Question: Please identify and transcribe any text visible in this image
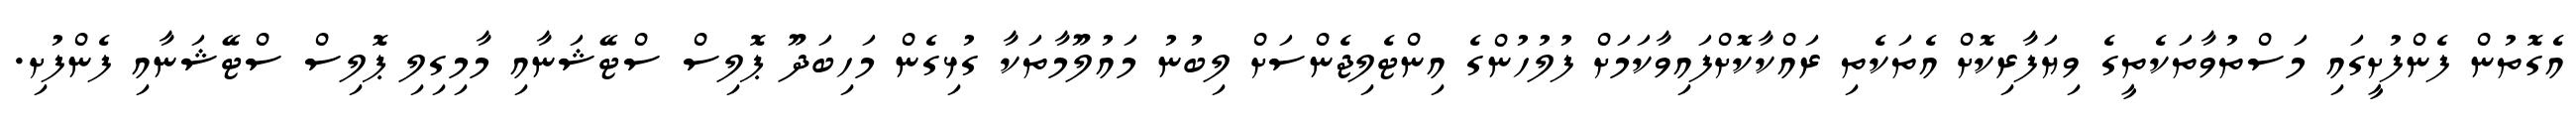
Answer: އެގޮތުން ފެންފުށީގައި މަސްތުވާތަކެތީގެ ވިޔަފާރިކޮށް އެތަކެތި ރައްކާކޮށްފައިވާކަމަށް ފުލުހުންގެ އިންޓެލިޖެންސަށް ލިބުނު މައުލޫމާތަކާ ގުޅިގެން މަހިބަދޫ ޕޮލިސް ސްޓޭޝަނާއި މާމިގިލި ޕޮލިސް ސްޓޭޝަނާއި ފެންފުށި.